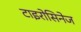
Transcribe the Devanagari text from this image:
टाइरोसिनेज